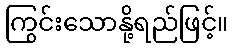
ကြွင်းသောနို့ရည်ဖြင့်။